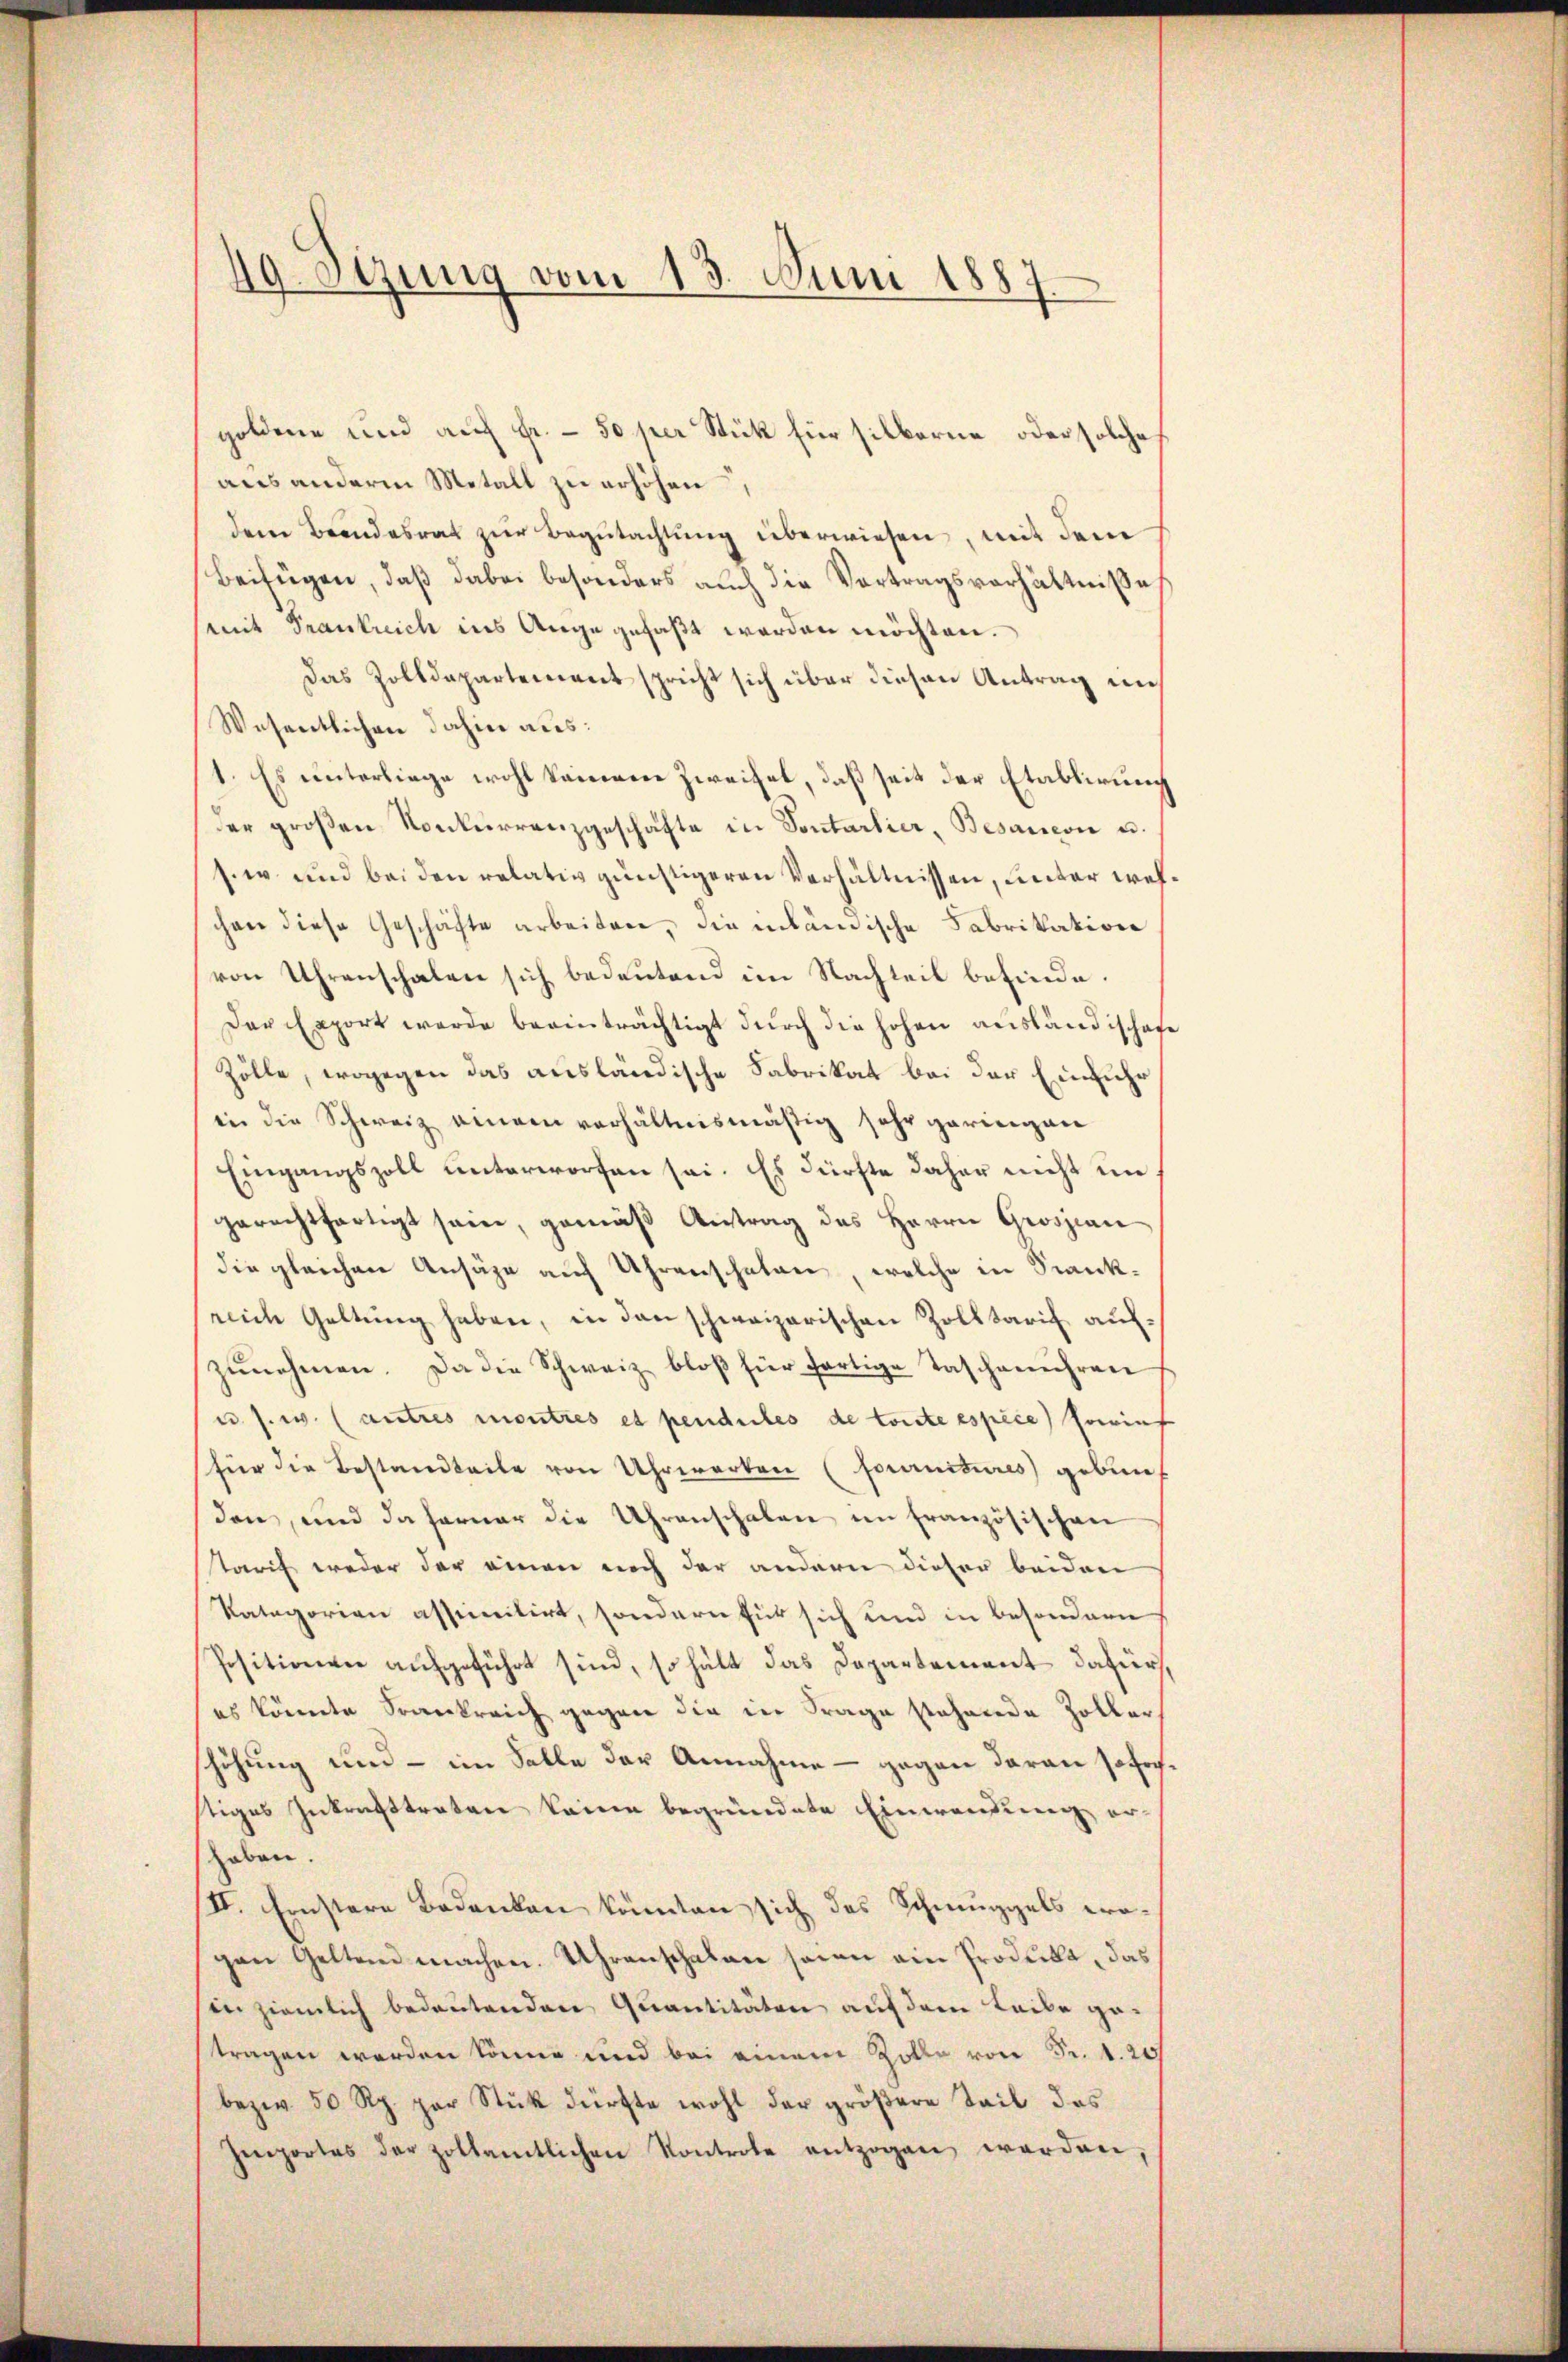
49. Sizung vom 13. Juni 1887

goldene und auf fr. - 50 per Stück für silberne oder solche
aus anderm Metall zu erhöhen,
dem Brandesrat zur Begutachtung überwiesen, mit dem
Beifügen, daß dabei besonders auch die Vortragsverhältniße
(mit Frankreich ins Auge gefaßt werden möchten.
Das Zolldepartement spricht sich über diesen Antrag ins
Wesentlichen dahin aus:
1. Es unterliege wohl keinem Zweifel, daß seit der Etablirung
der groβen Konkurrenzgeschäfte in Sontarlier, Besaucon u.
si und bei den relativ günstigeren Verhältnissen, unter wel
chen diese Geschäfte arbeiten, die inlämische Fabrikation
von Uhrenschalen sich bedeutend im Nachteil befinde.
Der Export werde beeinträchtigt durch die hohen ausländisches
Zölle, wogegen das ausländische Fabrikat bei der Einfuhr
in die Schweiz einem verhältnismäßig sehr geringen
Eingangszoll unterworfen sei. Es dürfte daher nicht im
gerechtfertigt sein, gemäß Antrag des Herrn Grossian
die gleichen Ansäge auf Uhrenschaten, welche in Stankreich Geltung haben, in den schweizerischen Zolltarif aufzŭnehmen. Da die Schweiz bloβ für fortige Taschenuhren
u. s. w. autres montres et pendules de toute espèce) sowief
für die Bestandteile von Uhrwerken (fournitures) gebun
den, und daferner die Uhrenschalen im französischen
tarif weder der einen noch der andern dieser beiden
Ratagorien assimitirt, sondern für sich und in besondern
Positionen aufgeführt sind, so hält das Departement dafür,
es könnte Frankreich gegen die in Frage stehende Zoller
höhung und - im Salle der Annahme - gegen daran sofochstiges Inkrafttreten keine begründete Einwendung erhaben.
II. Einstere Bedenken könnten sich das Schmuggels progen Geltend machen. Uhrenschalen seien ein Produka, das
in ziemlich bedeutenden Quantitäten auf dem Leibe getragen werden könne und bei einem Zolle von Fr. 1. 20
bezw. 50 Rp. par Stük dürfte wohl der gröβere Teil des
Importes der zollamtlichen Kontrole entzogen werden,